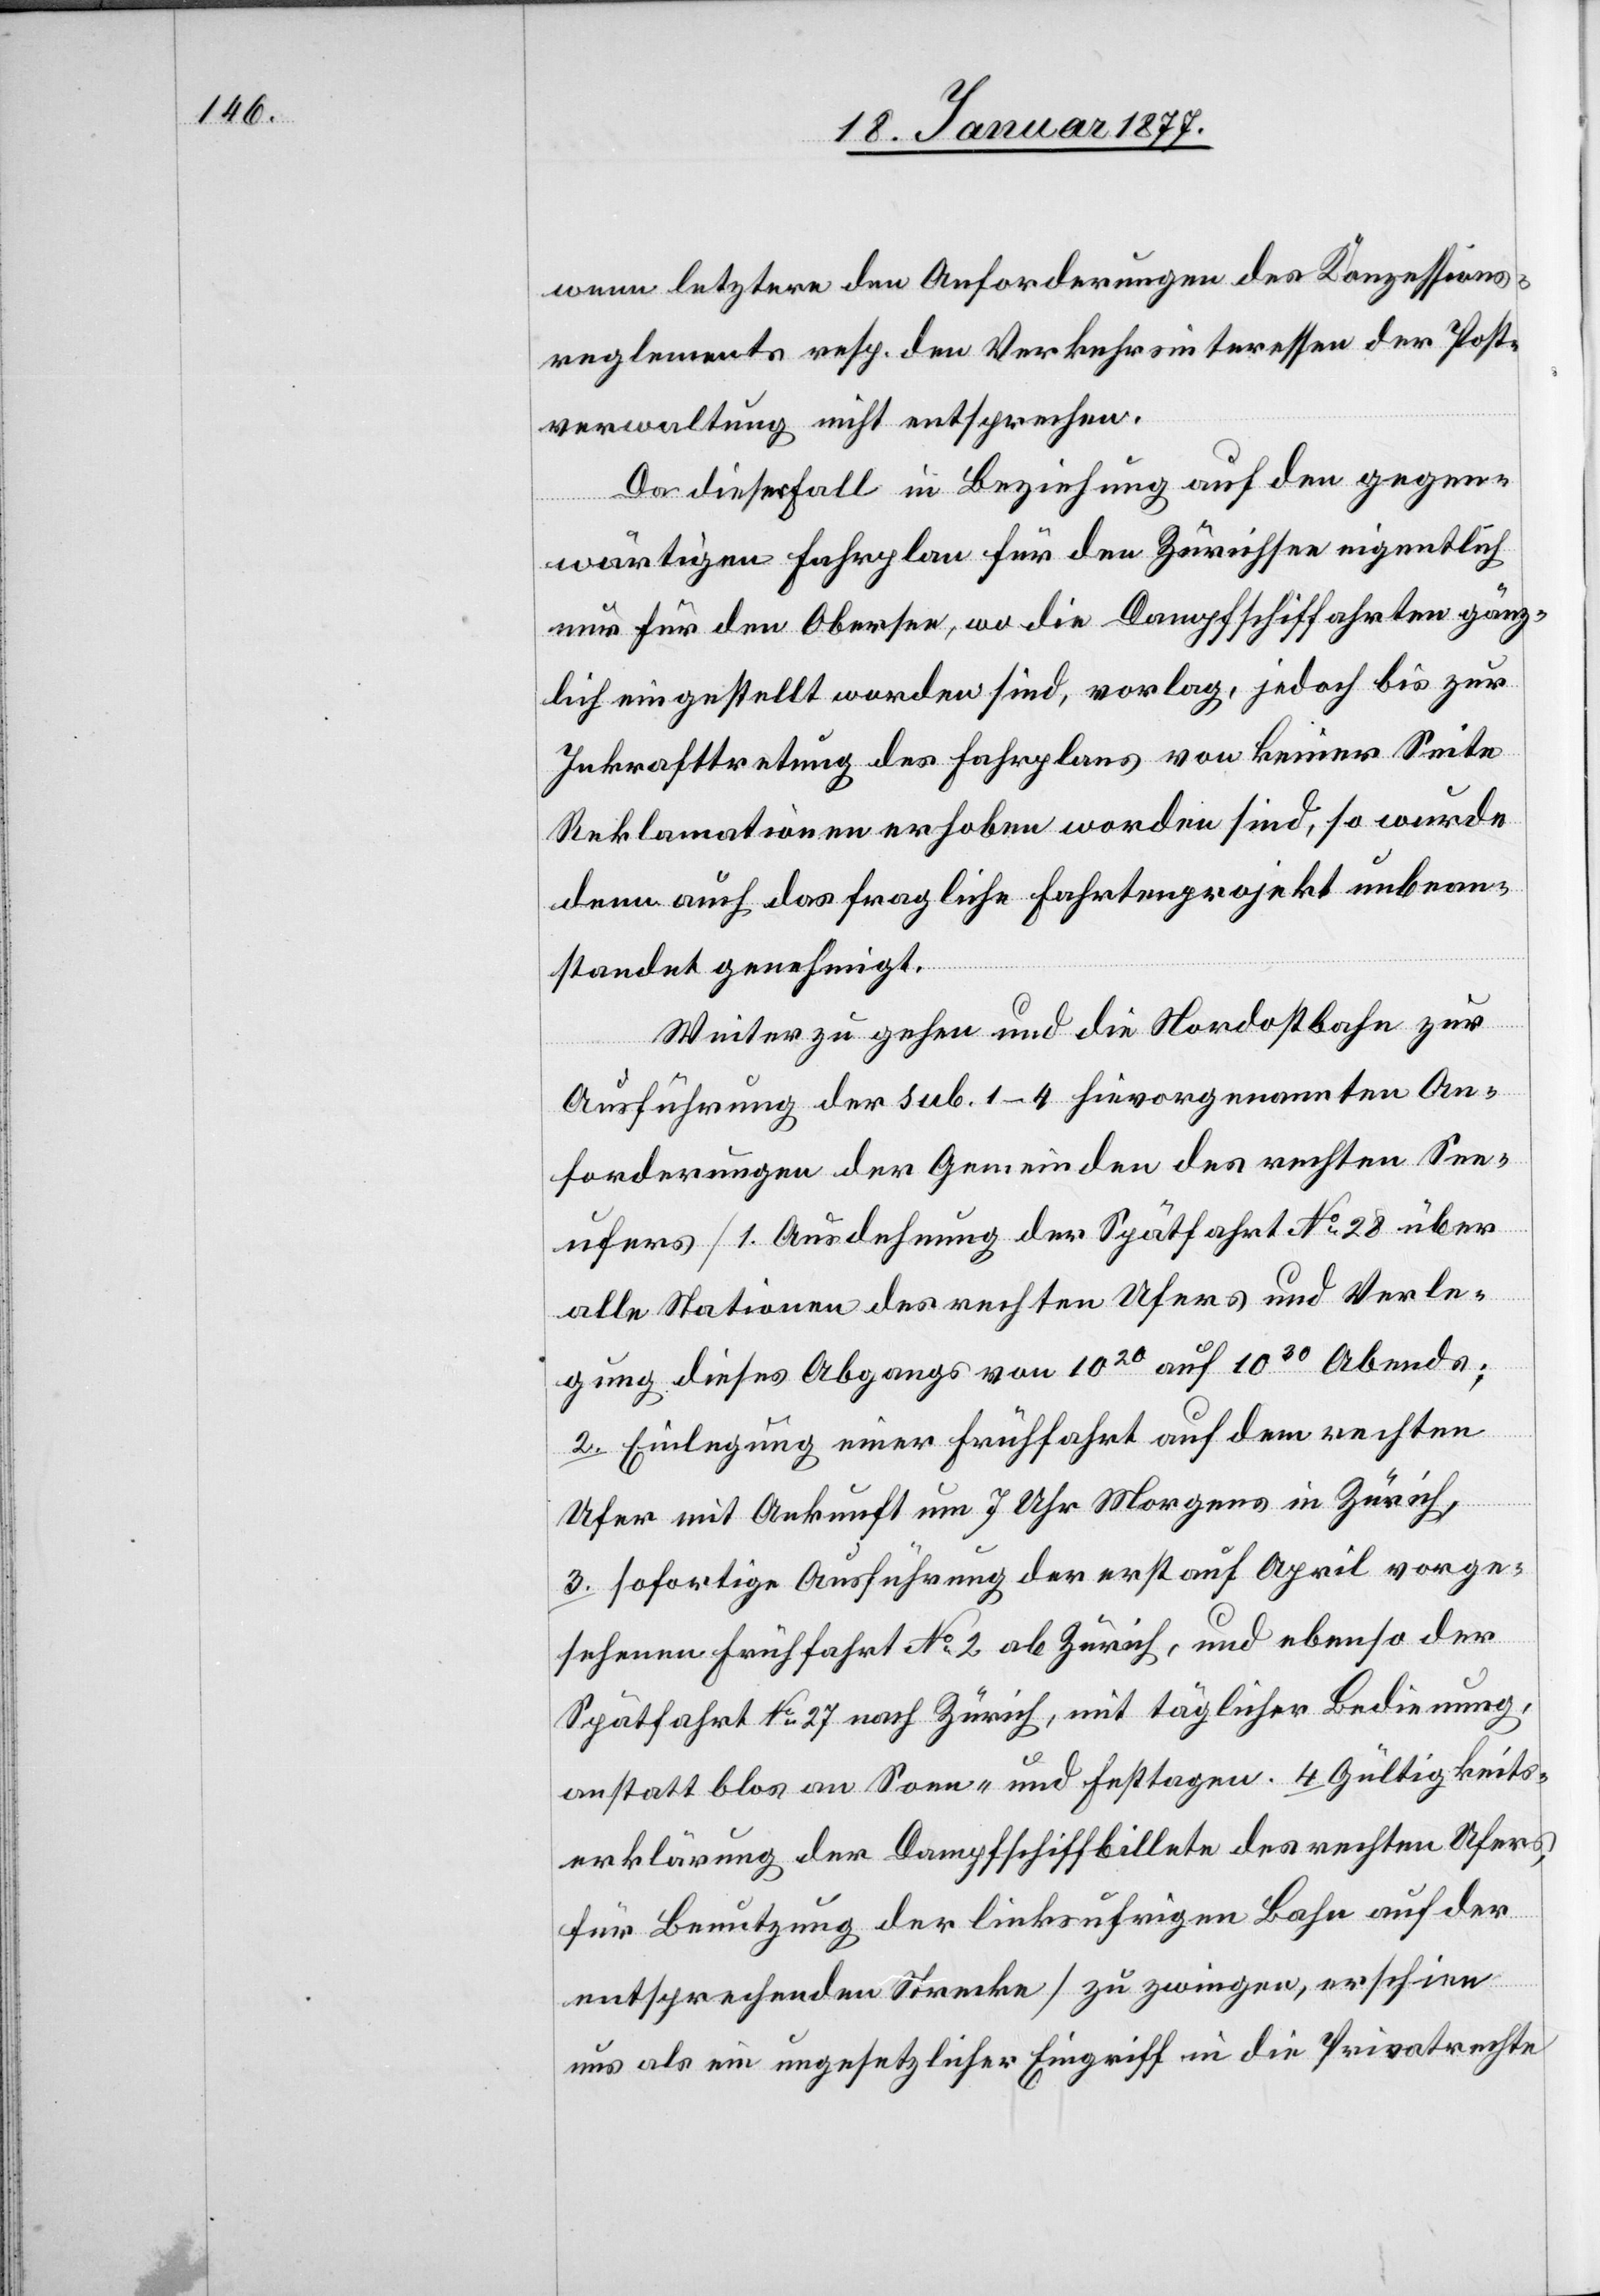
wenn letztere den Anforderungen des Konzessions¬
reglements resp. den Verkehrsinteressen der Post¬
verwaltung nicht entsprechen.
Da dieser Fall in Beziehung auf den gegen¬
wärtigen Fahrplan für den Zürichsee eigentlich
nur für den Obersee, wo die Dampfschiffahrten gänz¬
lich eingestellt worden sind, vorlag, jedoch bis zur
Inkrafttretung des Fahrplanes von keiner Seite
Reklamationen erhoben worden sind, so wurde
denn auch das fragliche Fahrtenprojekt unbean¬
standet genehmigt.
Weiter zu gehen und die Nordostbahn zur
Ausführung der sub. 1–4 hievorgenannten An¬
forderungen der Gemeinden des rechten See¬
ufers [1.] Ausdehnung der Spätfahrt No 28 über
alle Stationen des rechten Ufers und Verle¬
gung dieses Abgangs von 1020 auf 1030 Abends;
2. Einlegung einer Frühfahrt auf dem rechten
Ufer mit Ankunft um 7 Uhr Morgens in Zürich;
3. Sofortige Ausführung der erst auf April vorge¬
sehenen Frühfahrt No 2 ab Zürich, und ebenso der
Spätfahrt No 27 nach Zürich, mit täglicher Bedienung,
anstatt blos an Sonn- und Festtagen. 4. Gültigkeits¬
erklärung der Dampfschiffbillete des rechten Ufers,
für Benutzung der linksufrigen Bahn auf der
entsprechenden Strecke] zu zwingen, erscheine
uns als ein ungesetzlicher Eingriff in die Privatrechte